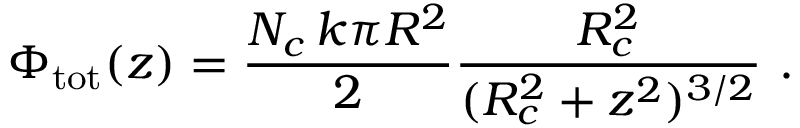
\Phi _ { \mathrm { t o t } } ( z ) = \frac { N _ { c } \, k \pi R ^ { 2 } } { 2 } \frac { R _ { c } ^ { 2 } } { ( R _ { c } ^ { 2 } + z ^ { 2 } ) ^ { 3 / 2 } } \, \, .